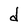
Character: d